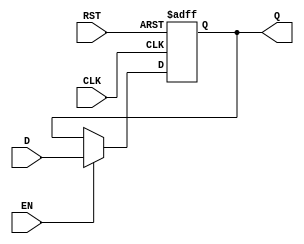
module StageRegister #(parameter WIDTH = 8) (
    input  wire [WIDTH-1:0] D,      // Data Input
    input  wire CLK,                 // Clock
    input  wire RST,                 // Reset (active high)
    input  wire EN,                  // Enable (active high)
    output reg  [WIDTH-1:0] Q        // Data Output
);

// Asynchronous Reset and Register Logic
always @(posedge CLK or posedge RST) begin
    if (RST) begin
        Q <= {WIDTH{1'b0}};           // Reset output to 0
    end else if (EN) begin
        Q <= D;                       // Latch data on clock edge if enabled
    end
    // If RST is low and EN is low, Q retains its previous value
end

endmodule